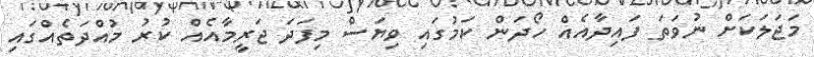
މަޖަލަކަށް ނުވަތަ ފައިދާއެއް ހޯދަން ކަމުގައި ވިޔަސް މިފަދަ ޖަރީމާއެއް ކުރު މުއްދަތެއްގައި